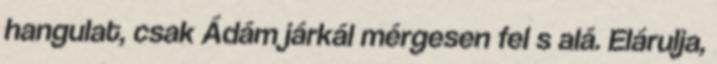
hangulat, csak Ádám járkál mérgesen fel s alá. Elárulja,